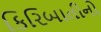
કિરિબાતીનો